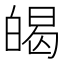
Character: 㿣